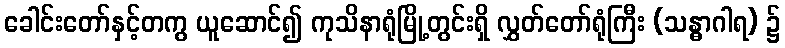
ခေါင်းတော်နှင့်တကွ ယူဆောင်၍ ကုသိနာရုံမြို့တွင်းရှိ လွှတ်တော်ရုံကြီး (သန္ဓာဂါရ) ၌